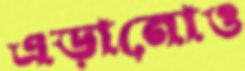
এড়ানোও